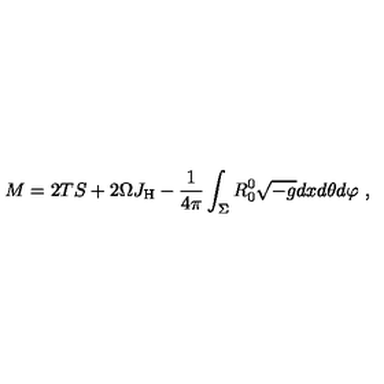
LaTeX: M = 2 T S + 2 \Omega J _ { \mathrm { H } } - \frac { 1 } { 4 \pi } \int _ { \Sigma } R _ { 0 } ^ { 0 } \sqrt { - g } d x d \theta d \varphi \ ,